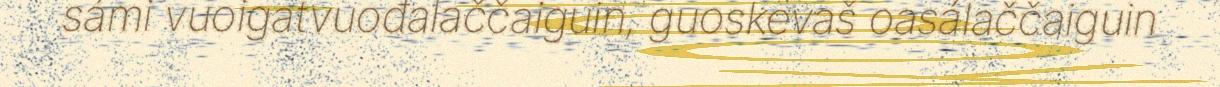
sámi vuoigatvuođalaččaiguin, guoskevaš oasálaččaiguin